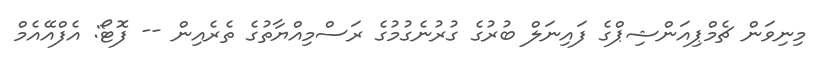
މިނިވަން ޗެމްޕިއަންޝިޕްގެ ފައިނަލް ބުރުގެ ގުރުނެގުމުގެ ރަސްމިއްޔާތުގެ ތެރެއިން -- ފޮޓޯ: އެފްއޭއެމް